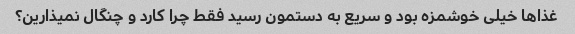
غذاها خیلی خوشمزه بود و سریع به دستمون رسید فقط چرا کارد و چنگال نمیذارین؟